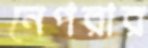
নেপরার